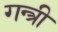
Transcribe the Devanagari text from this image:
गन्त्री